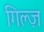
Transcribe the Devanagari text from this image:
गिल्ज़